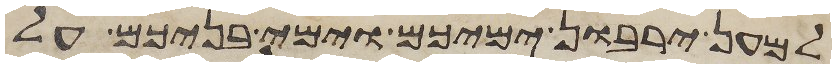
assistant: למען ירבון ימיכם וימי בניכם על